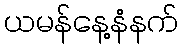
ယမန်နေ့နံနက်